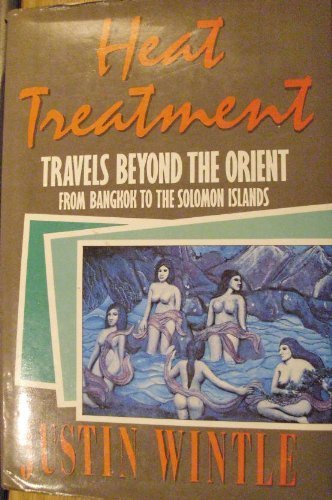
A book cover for Heat Treatment: Travels from Beyond the Orient from Bangkok to the Solomon Islands; Justin Wintle; Travel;